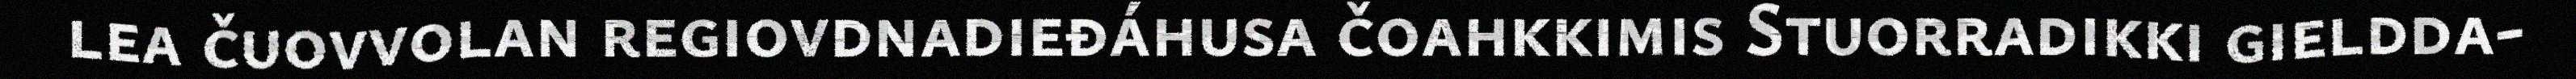
lea čuovvolan regiovdnadieđáhusa čoahkkimis Stuorradikki gieldda-